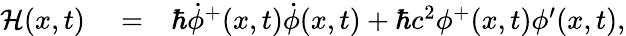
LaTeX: \begin{array}{rlr}{\mathcal{H}({x},t)}&{{}=}&{\hbar\dot{\phi}^{+}({x},t)\dot{\phi}({x},t)+\hbar c^{2}\phi^{+}({x},t)\phi^{\prime}({x},t),}\end{array}